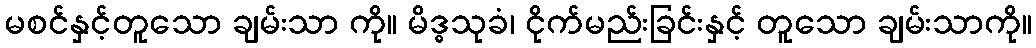
မစင်နှင့်တူသော ချမ်းသာ ကို။ မိဒ္ဓသုခံ၊ ငိုက်မည်းခြင်းနှင့် တူသော ချမ်းသာကို။